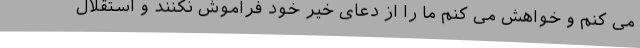
می کنم و خواهش می کنم ما را از دعای خیر خود فراموش نکنند و استقلال